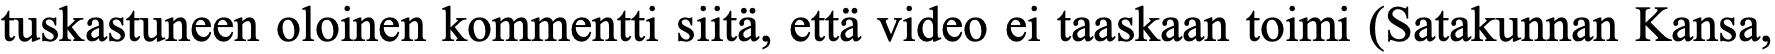
tuskastuneen oloinen kommentti siitä, että video ei taaskaan toimi (Satakunnan Kansa,